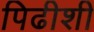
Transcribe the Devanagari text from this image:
पिढीशी